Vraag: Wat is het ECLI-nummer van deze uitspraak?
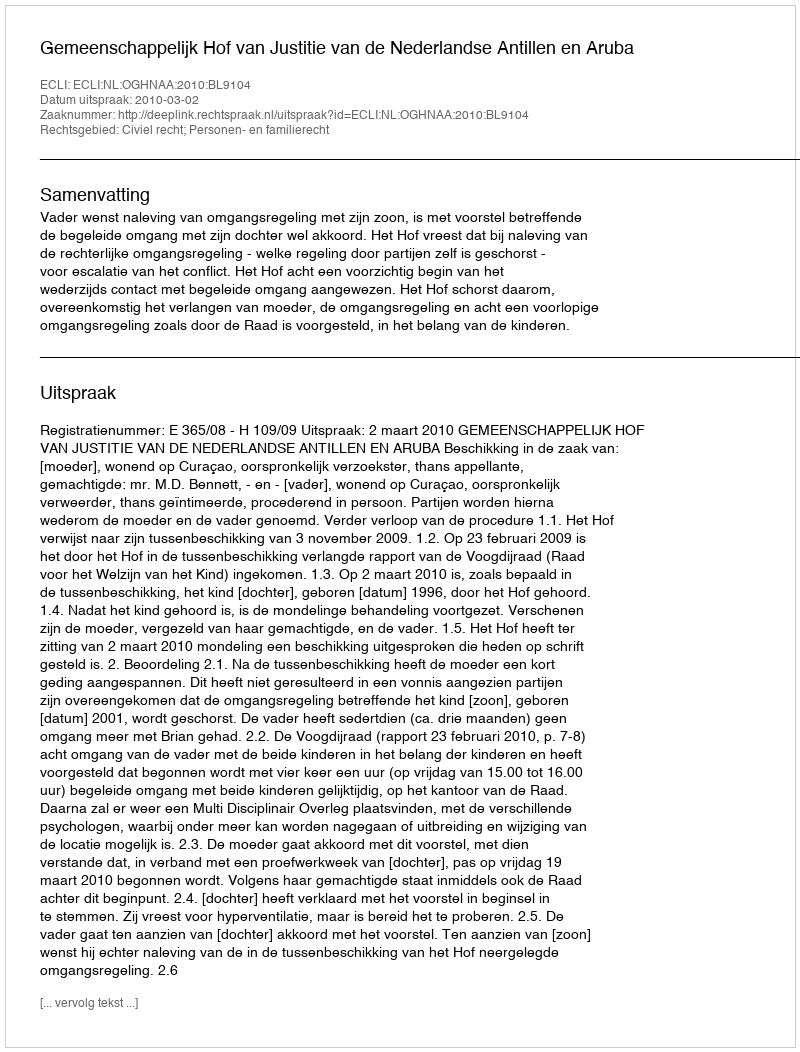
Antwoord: ECLI:NL:OGHNAA:2010:BL9104